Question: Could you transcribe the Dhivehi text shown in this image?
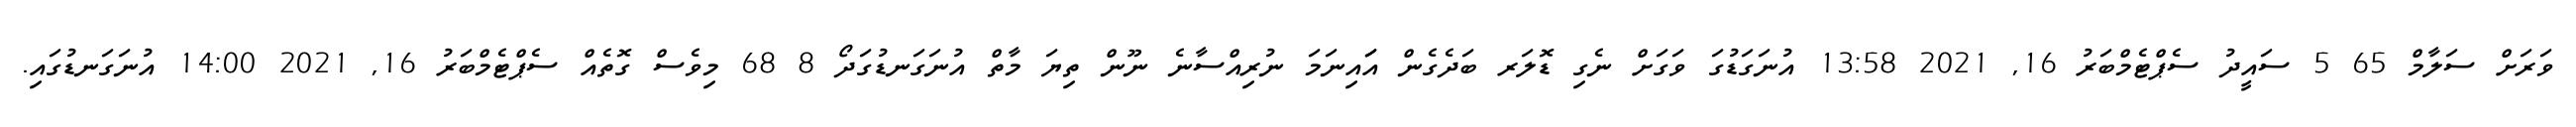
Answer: ވަރަށް ސަލާމް 65 5 ސައީދު ސެޕްޓެމްބަރު 16, 2021 13:58 އުނަގަޑުގަ ވަގަށް ނެގި ޑޮލަރ ބަދެގެން އަައިނަމަ ނުރިއްސާނެ ނޫން ތިޔަ މާތް އުނަގަނޑުގަދޯ 8 68 މިވެސް ގޮތެއް ސެޕްޓެމްބަރު 16, 2021 14:00 އުނަގަނޑުގައި.